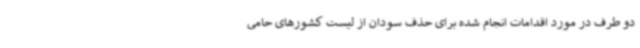
دو طرف در مورد اقدامات انجام شده برای حذف سودان از لیست کشورهای حامی